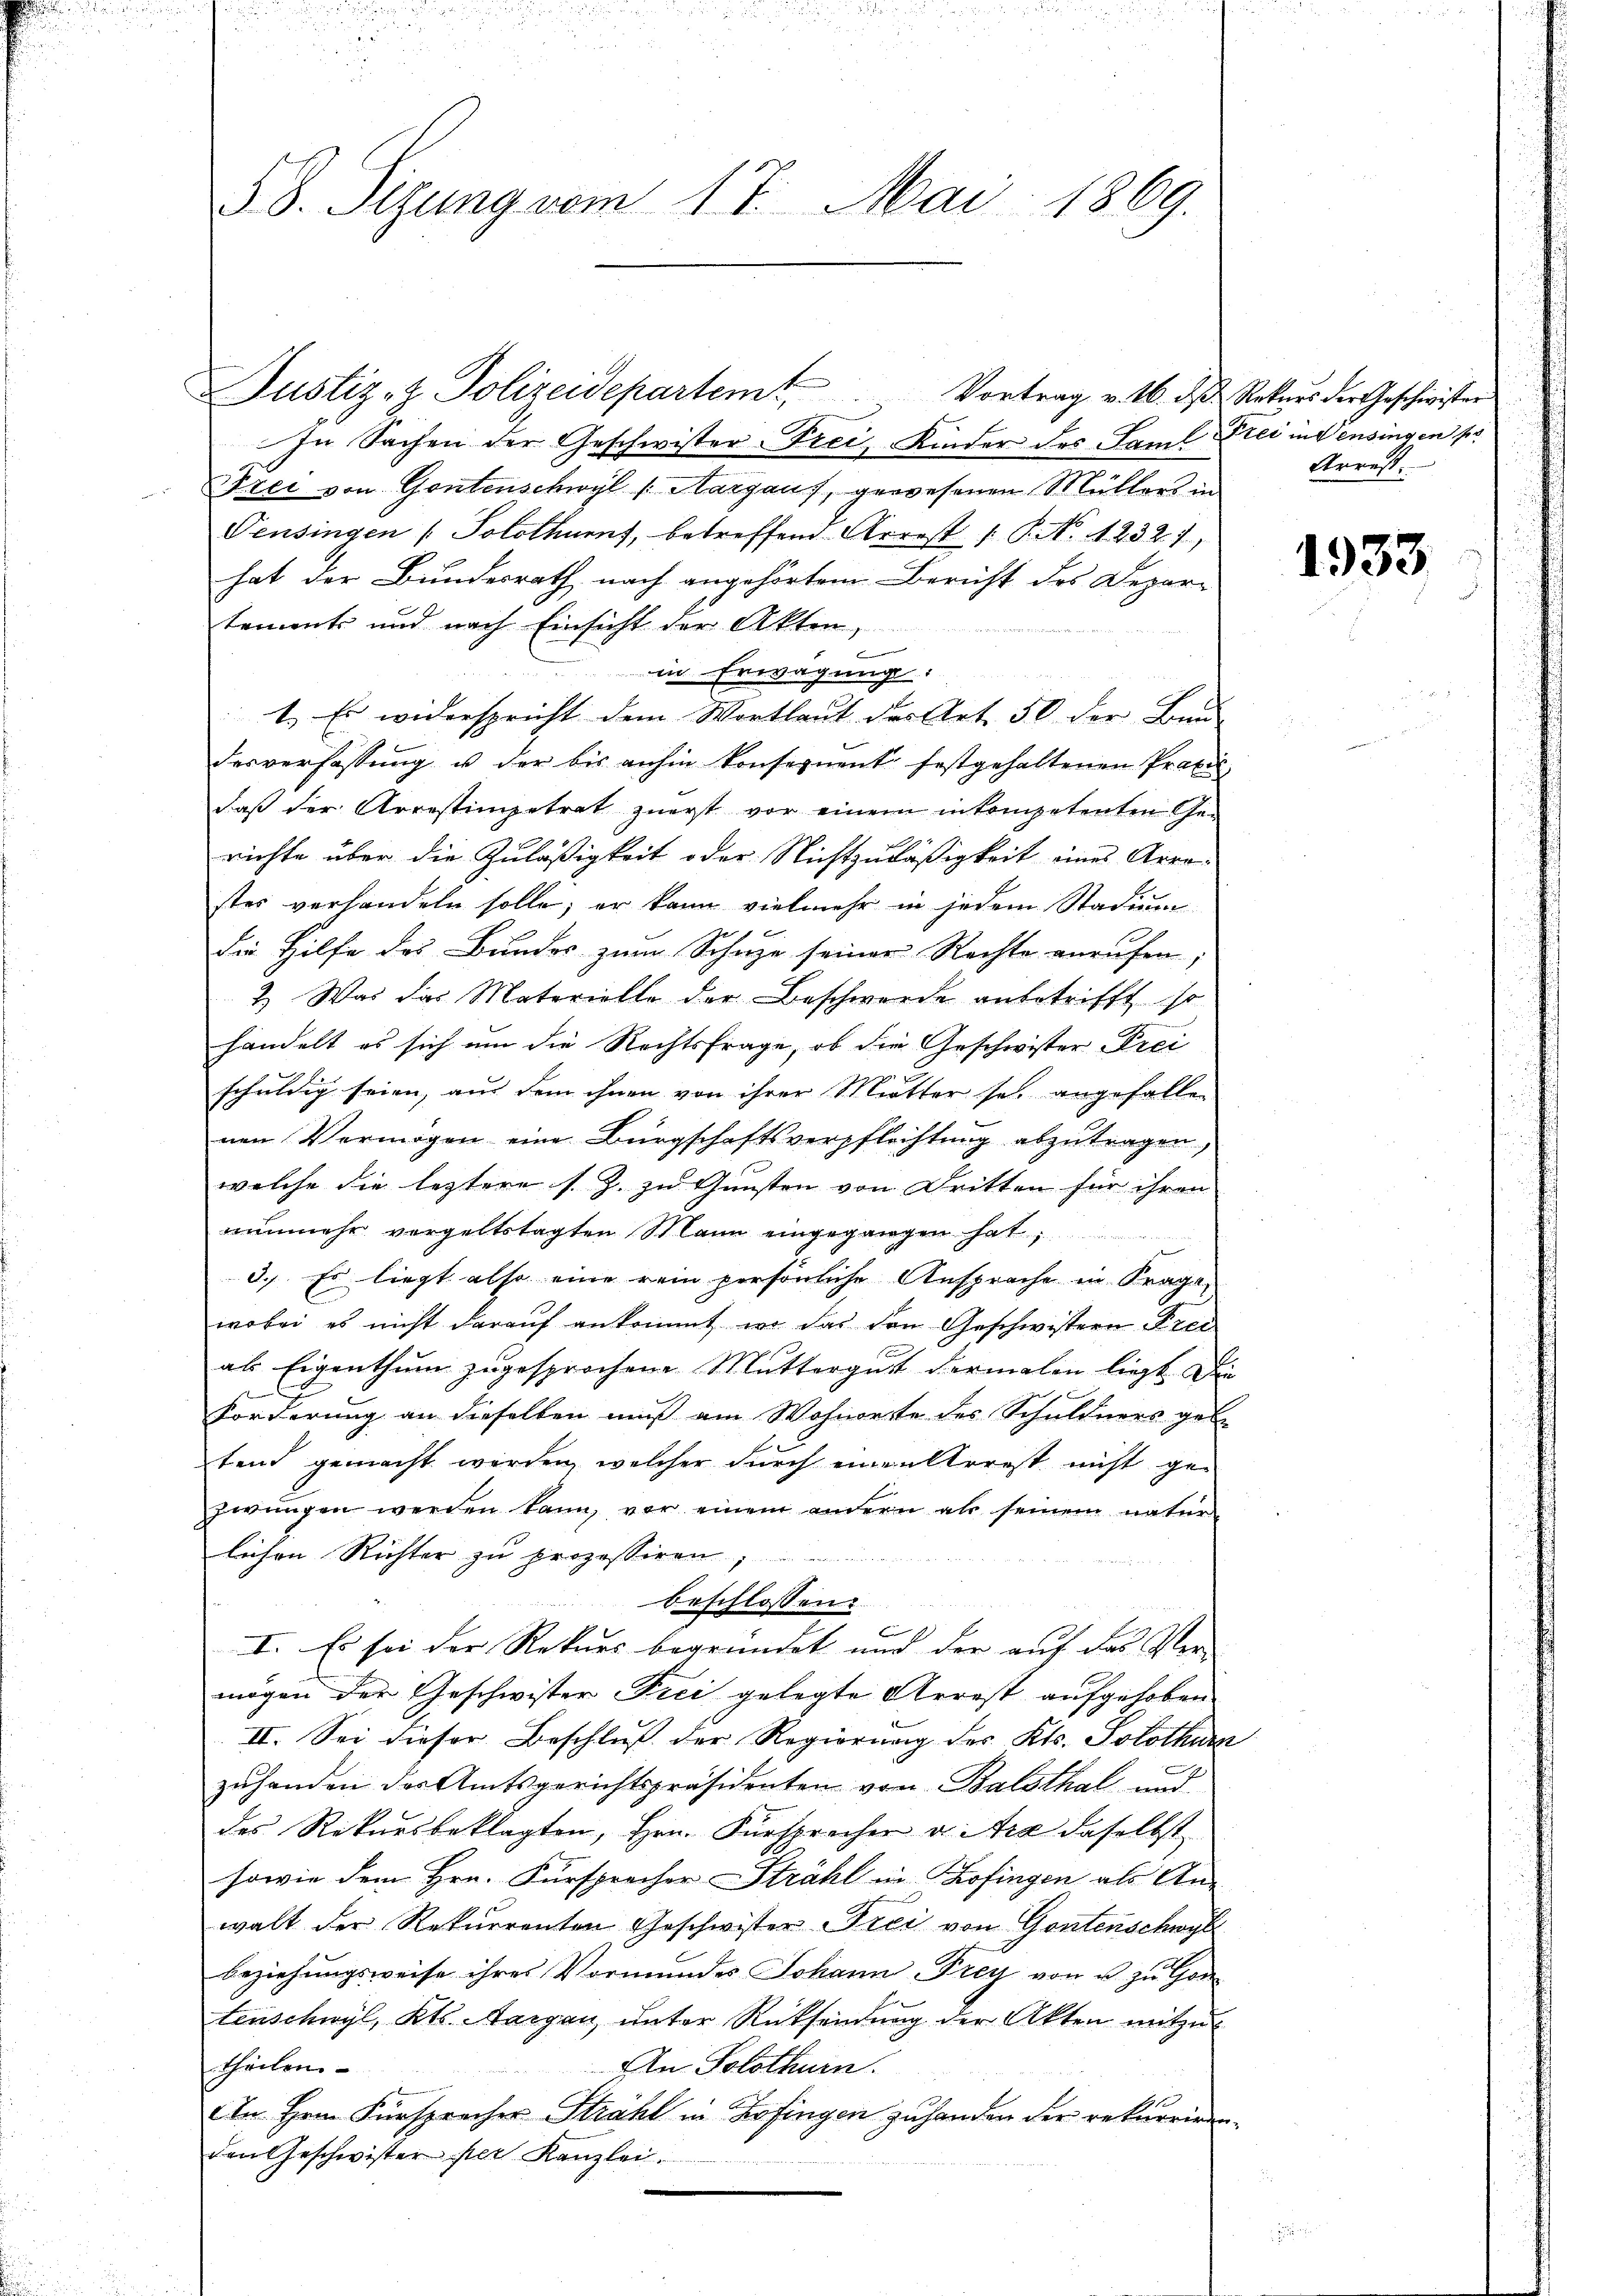
58. Sizung vom 17. Mai 1869.

In Sachen der Geschwister-Frei Kinder des Saml Frei in densingen sei
Frei von Gontenschwyl /: Aargaus, gewesenen Müllers in
Pensingen (Solothurn, betreffend Arrest ( P. Nr. 42327,
hat der Bundesrath nach angehörtem Bericht des Depar-
tements und nach Einsicht der Akten,
f
in Erwägung:
1. Es widerspricht dem Wortlaut der Art. 50 der Bau-
desverfassung u der bis anhin konsequent festgehaltenen Praxi
daß der Arrestimpetrat zuerst vor einem inkompetenten Ge-
richte über die Zuläßigkeit oder Nichtzuläßigkeit eines Arrestes verhandeln solle; er kann vielmehr in jedem Stadin
die Hilfe des Bundes zum Schuze seiner Rechte anrufen,
2.) Was das Materielle der Beschwerde anbetrifft, so
handelt es sich um die Rechtsfrage, ob die Geschwister Prei
2
schuldig seien, aus dem ihnen von ihrer Mutter sei angefallen
nen Vermögen eine Bürgschaftsverpflichtung abzutragen,
welche die leztere s. Z. zu Gunsten von Dritten für ihren
nunmehr vorgeltstagten Stain eingegangen hat,
3.) Es liegt also eine rein persönliche Ansprache in Fragen
wobei es nicht darauf ankommt, wo das den Geschwistern Frei
1
als Eigenthum zugesprochene Muttergutt dermalen liegt den
Forderung an dieselben muß am Wohnorte des Schuldners gebe
tend gemacht werden, welcher durch einen Arrest nicht ge-
zwungen werden kann, vor einem andern als seinem natur-
lichen Richter zu prozessiren,
beschlossen:
x
I. Es sei der Rekurs begründet und der auf das Ver-
mögen der Geschwister Frei gelegte Arrest aufgehoben
II. Sei dieser Beschluß der Regierung des Kts. Solothur
zuhanden der Amtsgerichtspräsidenten von Balsthal und
des Rekursbeklagten, Hrn. Fürsprecher v. Ara daselbst
sowie dem Hrn. Fürsprecher Strahl in Zofingen als An-
walt der Rekurrenten Geschwister Frei von Gontenschwyl
beziehungsweise ihres Vormundes Johann Frey von u. zu Gen
tenschwyl, Kts. Aargau, unter Rücksendung der Akten mitzu
theilen
An Solothurn.
An Hrn. Fürsprecher Strahl in Zofingen zu handen der rekurrirenden Geschwister per Kanzlei.

Justiz- & Polizeidepartem Vortrag v. M. des Rekurs der Geschwister

Arrest.

1933.